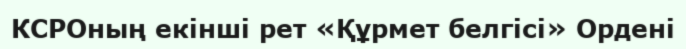
КСРОның екінші рет «Құрмет белгісі» Ордені